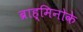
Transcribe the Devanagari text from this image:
ब्राह्मिनोके